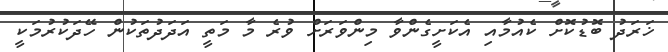
ޚަރަދު ބޮޑުކޮށް ކެއުމާއި އެކަށީގެންވާ މިންވަރަށް ވުރެ މާ މަތީ އަދަދުތަކުން ހޭދަކުރުމަކީ